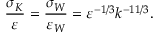
\frac { \sigma _ { K } } { \varepsilon } = \frac { \sigma _ { W } } { \varepsilon _ { W } } = \varepsilon ^ { - 1 / 3 } k ^ { - 1 1 / 3 } .